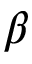
\beta